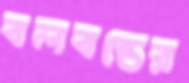
বলবন্তের